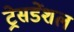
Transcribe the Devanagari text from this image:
ट्रेसडेंशल